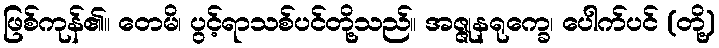
ဖြစ်ကုန်၏။ တေမိ၊ ပွင့်ရာသစ်ပင်တို့သည်။ အဇ္ဇုနရုက္ခေ၊ ပေါက်ပင် (တို့)